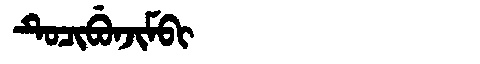
Manchu: ᡨᡠᠴᡳᠪᡠᠨᠵᡳᠮᠪᡳ
Romanization: TUCIBUNJIMBI